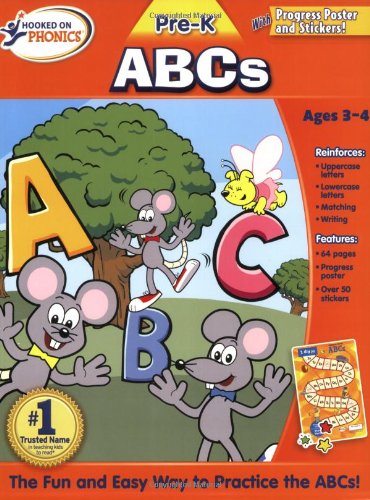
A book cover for Hooked on Phonics Pre-K ABCs Workbook; Hooked On Phonics.; Children's Books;